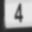
Digit: 4